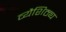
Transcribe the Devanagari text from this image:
व्यैशिठ्य